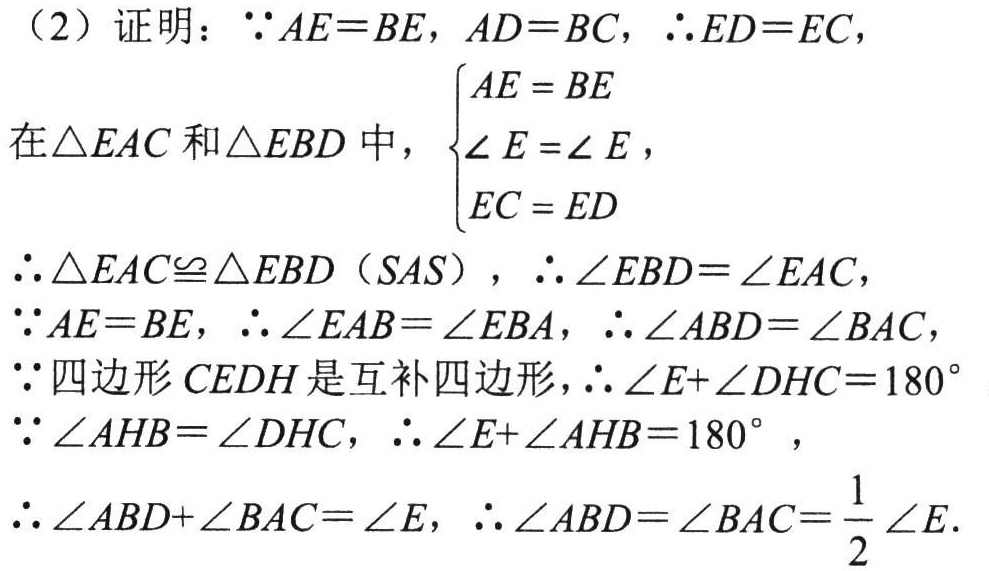
（2）证明：\(\because AE = BE\)，\(AD = BC\)，\(\therefore ED = EC\)，

在\(\triangle EAC\)和\(\triangle EBD\)中，\(\begin{cases}AE = BE\\\angle E=\angle E\\EC = ED\end{cases}\)

\(\therefore\triangle EAC\cong\triangle EBD(SAS)\)，\(\therefore\angle EBD=\angle EAC\)，

\(\because AE = BE\)，\(\therefore\angle EAB=\angle EBA\)，\(\therefore\angle ABD=\angle BAC\)，

\(\because\)四边形\(CEDH\)是互补四边形，\(\therefore\angle E+\angle DHC = 180^{\circ}\)

\(\because\angle AHB=\angle DHC\)，\(\therefore\angle E+\angle AHB = 180^{\circ}\)，

\(\therefore\angle ABD+\angle BAC=\angle E\)，\(\therefore\angle ABD=\angle BAC=\frac{1}{2}\angle E\)。